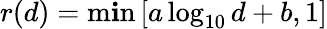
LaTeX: r(d)=\operatorname*{m\mathbf{i}n}\left[a\log_{10}d+b,1\right]